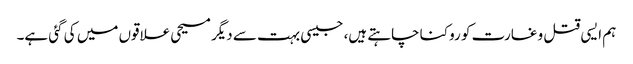
ہم ایسی قتل و غارت کو روکنا چاہتے ہیں، جیسی بہت سے دیگر مسیحی علاقوں میں کی گئی ہے۔